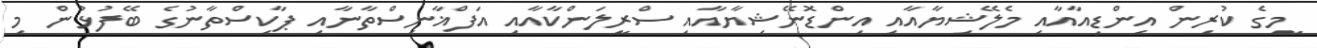
މީގެ ކުރިން އިންޑިއާއާއި މެލޭޝިޔާއާއި އިންޑޮނޭޝިޔާއާއި ސްރީލަންކާއާއި އަފްޣާނިސްތާނާއި ޕާކިސްތާނުގެ ބޭފުޅުން މި